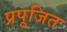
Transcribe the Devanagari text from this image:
प्रपूजित